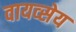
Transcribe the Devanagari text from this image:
वायव्सेय